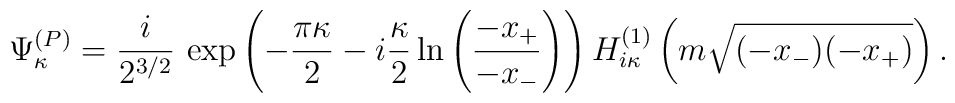
\Psi_{\kappa}^{(P)}=\frac{i}{2^{3/2}}\,\exp\left(-\frac{\pi\kappa}2-i\frac{\kappa}2\ln\left(\frac{-x_+}{-x_-}\right)\right)H_{i\kappa}^{(1)}\left(m\sqrt{(-x_-)(-x_+)}\right).